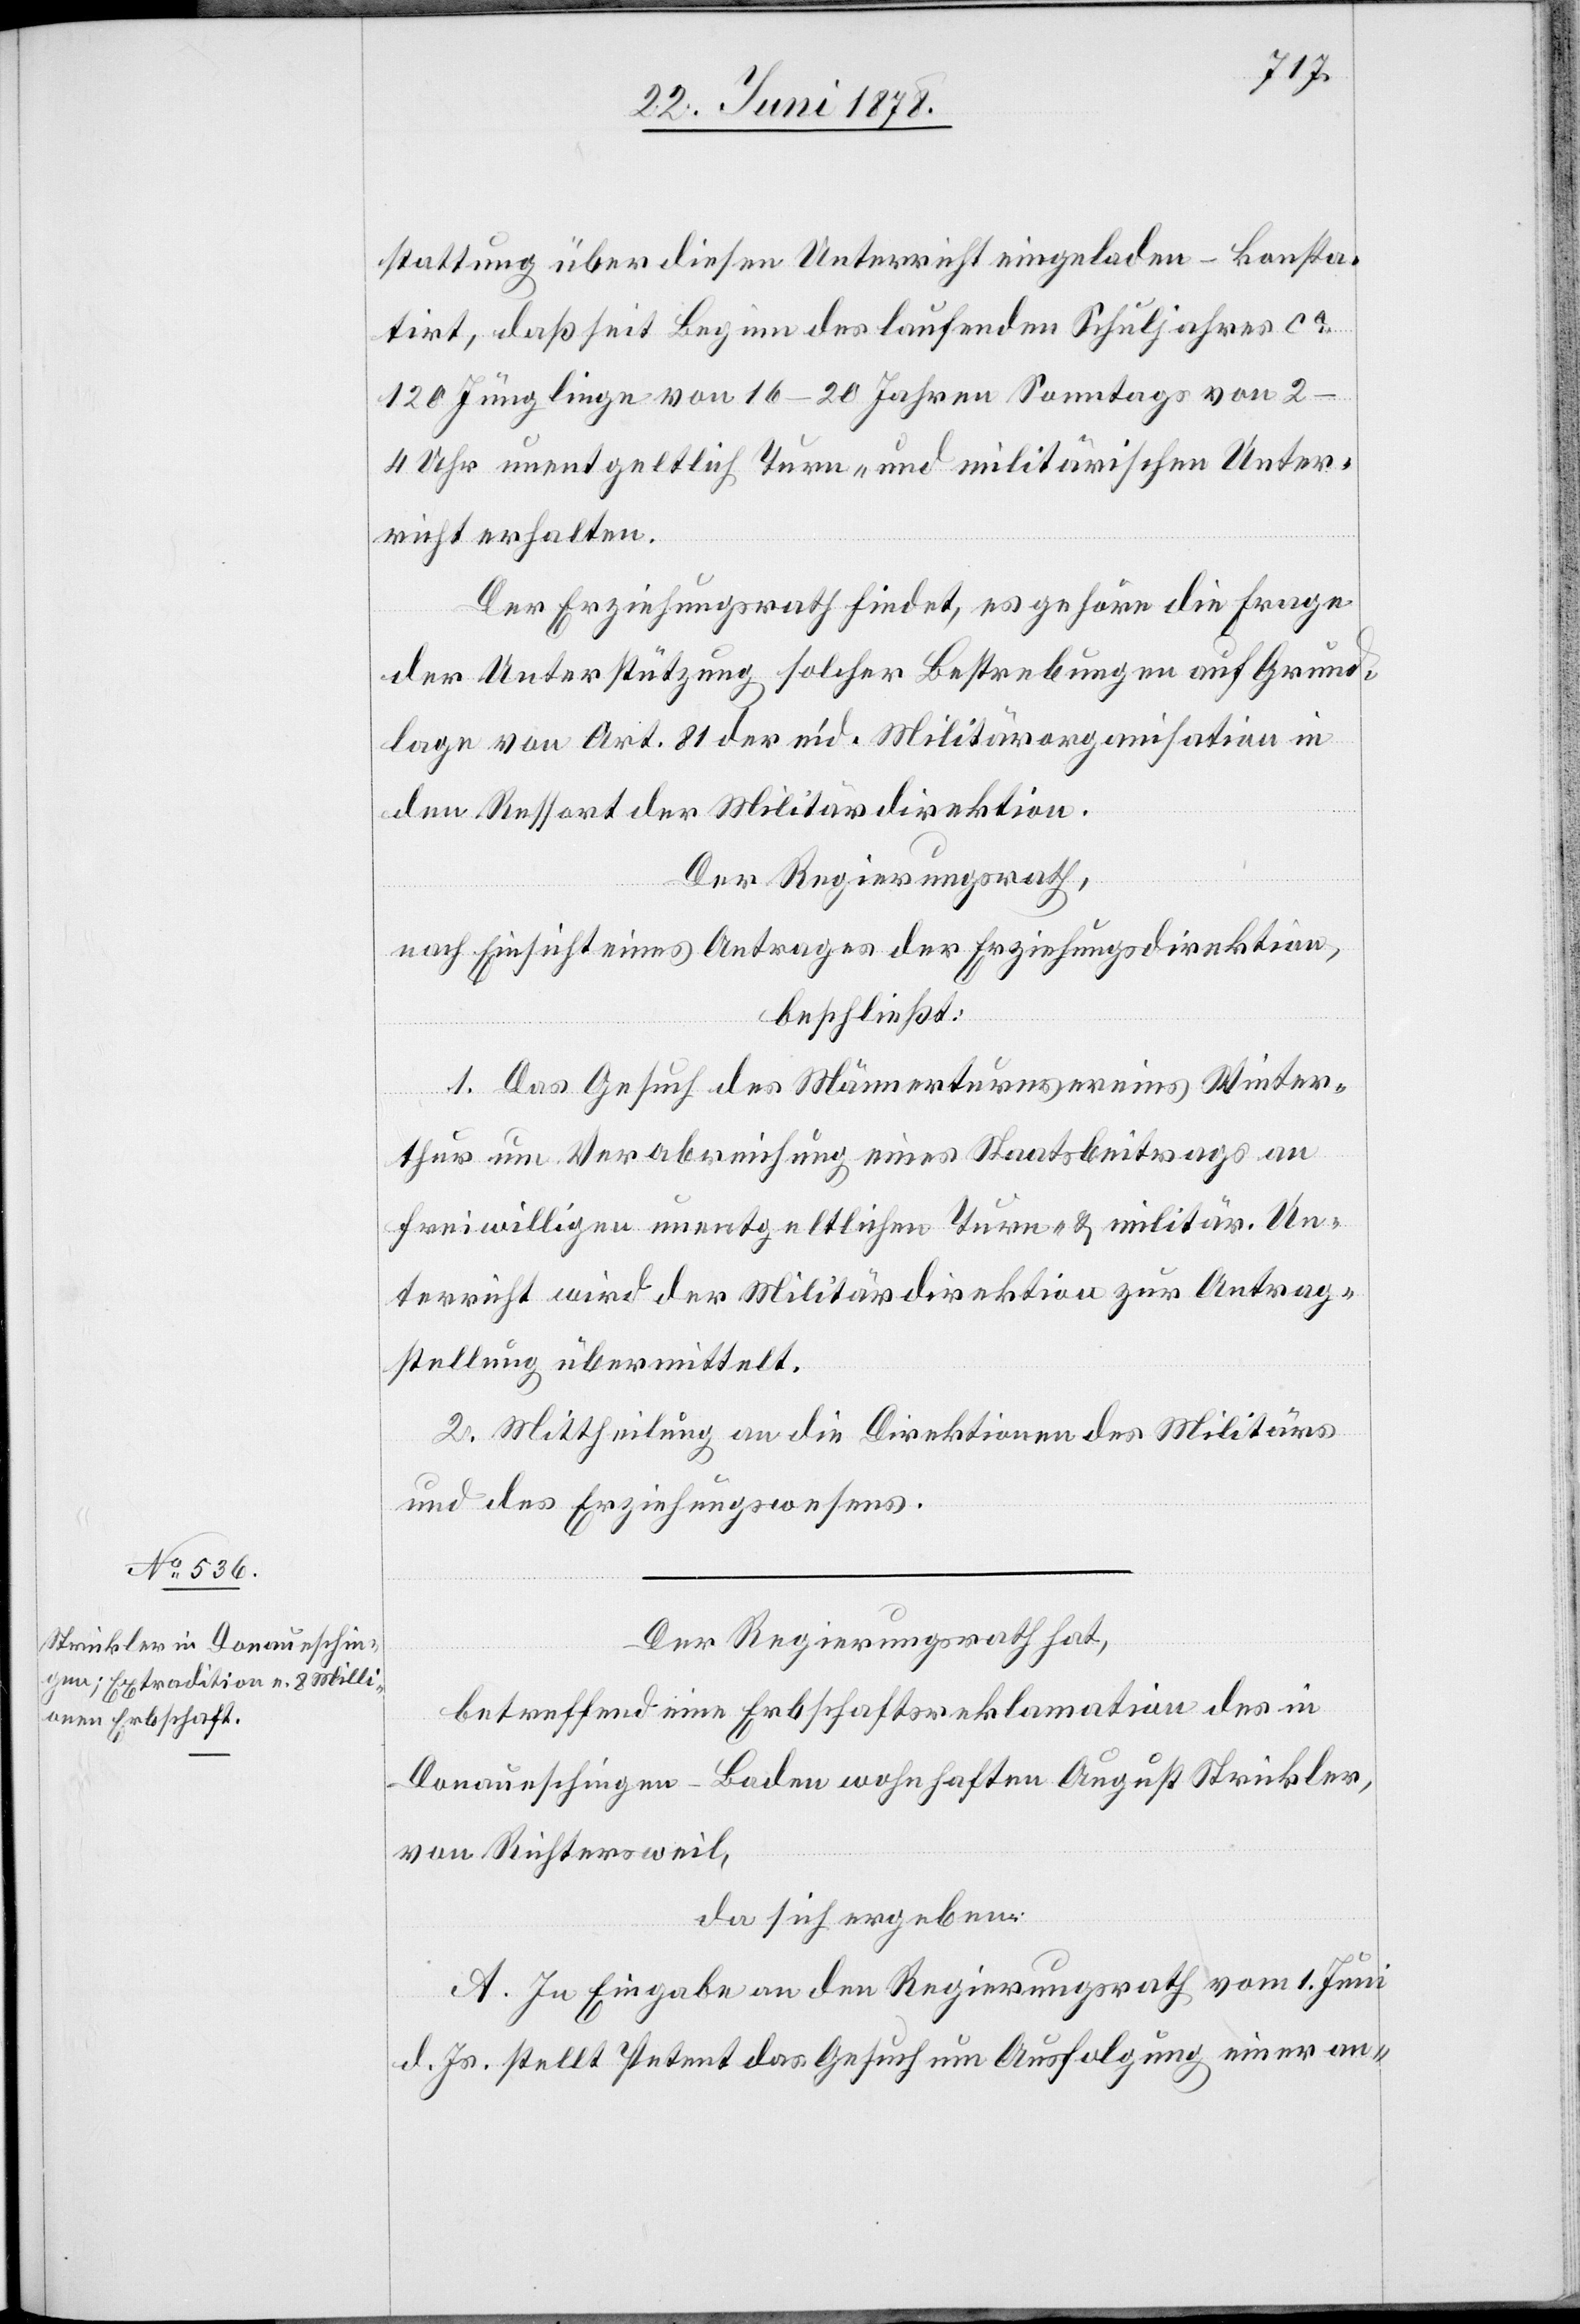
stattung über diesen Unterricht eingeladen – konsta¬
tirt, daß seit Beginn des laufenden Schuljahres ca
120 Jünglinge von 16–20 Jahren Sonntags von 2–4
Uhr unentgeltlich Turn- und militärischen Unter¬
richt erhalten.
Der Erziehungsrath findet, es gehöre die Frage
der Unterstützung solcher Bestrebungen auf Grund¬
lage von Art. 81 der eid. Militärorganisation in
den Ressort der Militärdirektion.
Der Regierungsrath,
nach Einsicht eines Antrages der Erziehungsdirektion,
beschließt:
1. Das Gesuch des Männerturnvereins Winter¬
thur um Verabreichung eines Staatsbeitrags an
freiwilligen unentgeltlichen Turn- & militär. Un¬
terricht wird der Militärdirektion zur Antrag¬
stellung übermittelt
2. Mittheilung an die Direktionen des Militärs
und des Erziehungswesens.
Der Regierungsrath hat,
betreffend eine Erbschaftsreklamation des in
Donaueschingen - Baden wohnhaften August Strickler,
von Richtersweil,
da sich ergeben:
A. In Eingabe an den Regierungsrath vom 1. Juni
d. Js. stellt Petent das Gesuch um Ausfolgung einer an-